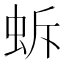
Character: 蚸